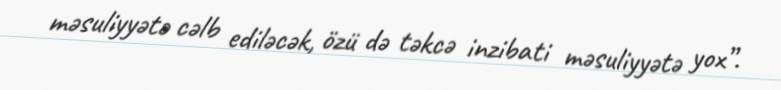
məsuliyyətə cəlb ediləcək, özü də təkcə inzibati məsuliyyətə yox”.